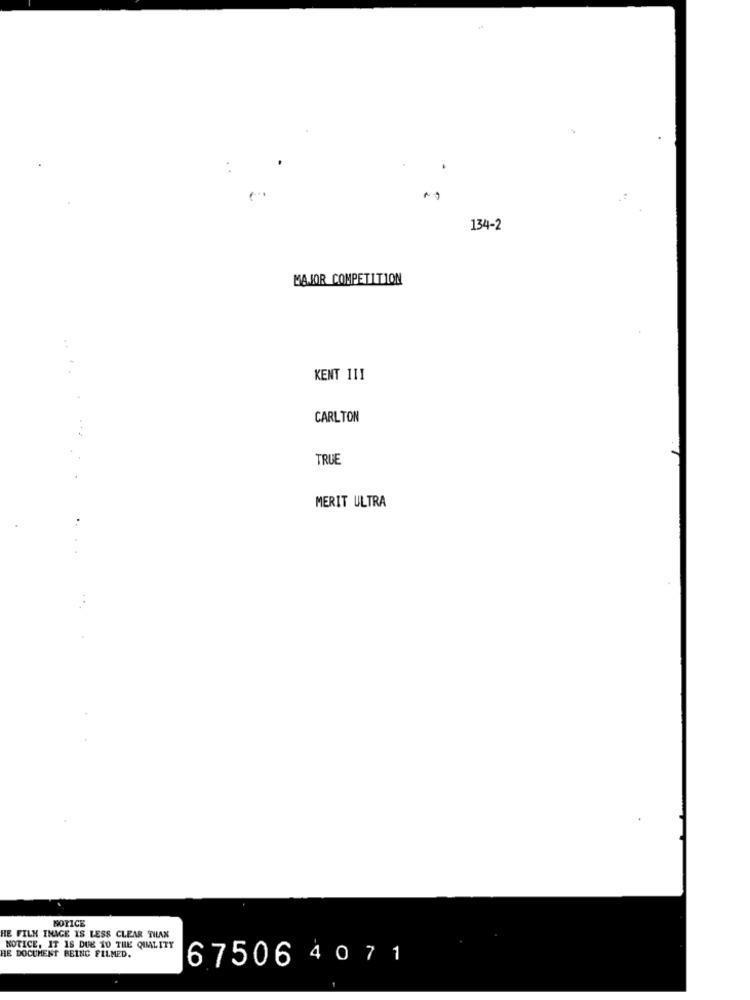
134-2
MAJOR COMPETITION
KENT 111
.....
CARLTON
TRUE
MERIT ULTRA
NOTICE
HE FILM INAGE IS LESS CLEAR THAN
NOTICE, IT 18 DUE 10 THE QUALITY
HE DOCUMENT BEING FILMED.
67506 4 071